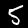
Label: 5